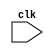
/**
    This modules holds the central datapath of the CPU core, as well as
        exposes parts of data memory (and in the future, a writable instruction
        memory module) to other modules.
    @author BlackIsDevin (https://github.com/BlackIsDevin)
    
        
*/


module CoreDatapath(
    input clk
);
    // TODO: literally all of this
endmodule